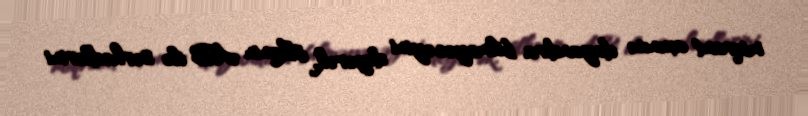
miqrant axınını dayandıra bilməyəcəyini deyərək, ölkənin AB ilə sərhədlərini